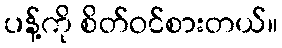
ပန့်ကို စိတ်ဝင်စားတယ်။